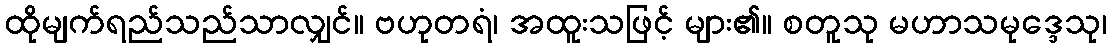
ထိုမျက်ရည်သည်သာလျှင်။ ဗဟုတရံ၊ အထူးသဖြင့် များ၏။ စတူသု မဟာသမုဒ္ဒေသု၊